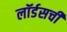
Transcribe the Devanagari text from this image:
लॉर्डसची